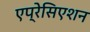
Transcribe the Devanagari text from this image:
एप्रेसिएशन